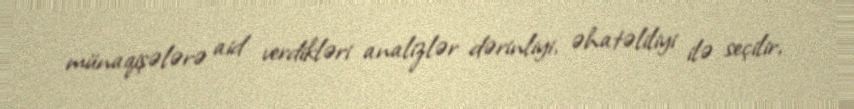
münaqişələrə aid verdikləri analizlər dərinliyi, əhatəliliyi ilə seçilir,